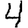
Digit: 4